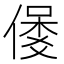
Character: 𱏇